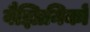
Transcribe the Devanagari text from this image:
वैज्ञिानिकों